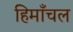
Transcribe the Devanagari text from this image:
हिमाँचल